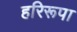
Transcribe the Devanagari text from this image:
हरिरूपा